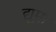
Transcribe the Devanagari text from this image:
द्यूमा